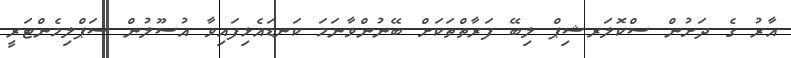
އާރު ގެ ދަށުން ސްކޮލަރޝިޕް ލިބޭ ފަރާތްތަކަށް ބޭނުންވާނަމަ ކަނޑައެޅިފައިވާ އުސޫލުން ސަޕްލިމެންޓަރީ